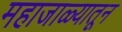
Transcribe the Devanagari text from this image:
महाजाळ्यातून